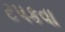
ટપકવા